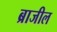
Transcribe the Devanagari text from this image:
ब्राजील